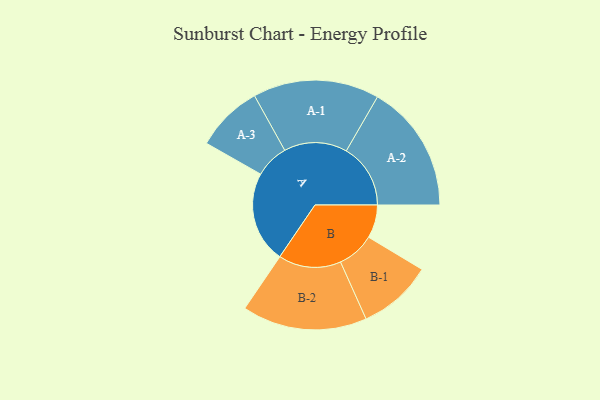
{"axis": {"x": "Segment", "y": "Value"}, "legend": ["", "A", "B"], "data": [{"x": "A", "y": 424, "type": ""}, {"x": "B", "y": 154, "type": ""}, {"x": "A-1", "y": 293, "type": "A"}, {"x": "A-2", "y": 298, "type": "A"}, {"x": "A-3", "y": 156, "type": "A"}, {"x": "B-1", "y": 173, "type": "B"}, {"x": "B-2", "y": 290, "type": "B"}]}